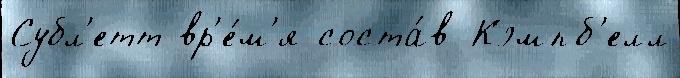
Субл'етт вр'е́м'я соста́в Кэмпб'елл